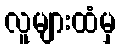
လူများထံမှ